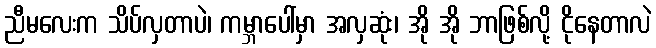
ညီမလေးက သိပ်လှတာပဲ၊ ကမ္ဘာပေါ်မှာ အလှဆုံး၊ အို အို ဘာဖြစ်လို့ ငိုနေတာလဲ